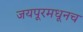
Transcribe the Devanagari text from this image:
जयपूरमधूनच